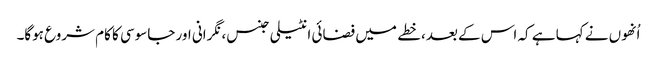
اُنھوں نے کہا ہے کہ اس کے بعد، خطے میں فضائی انٹیلی جنس، نگرانی اور جاسوسی کا کام شروع ہوگا۔